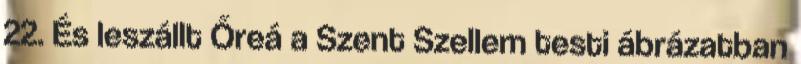
22. És leszállt Őreá a Szent Szellem testi ábrázatban